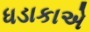
ધડાકાએ